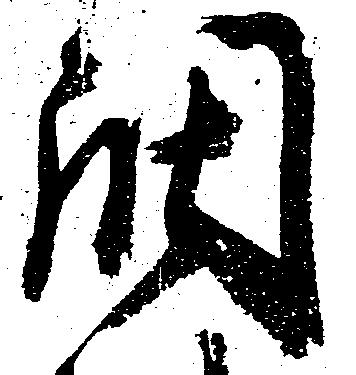
調